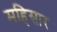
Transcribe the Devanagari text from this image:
महिसार